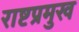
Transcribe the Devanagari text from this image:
राष्टप्रमुख